Account of plague administration in the Bombay Presidency from September 1896 till May 1897
Year: 1896
Disease focus: Plague
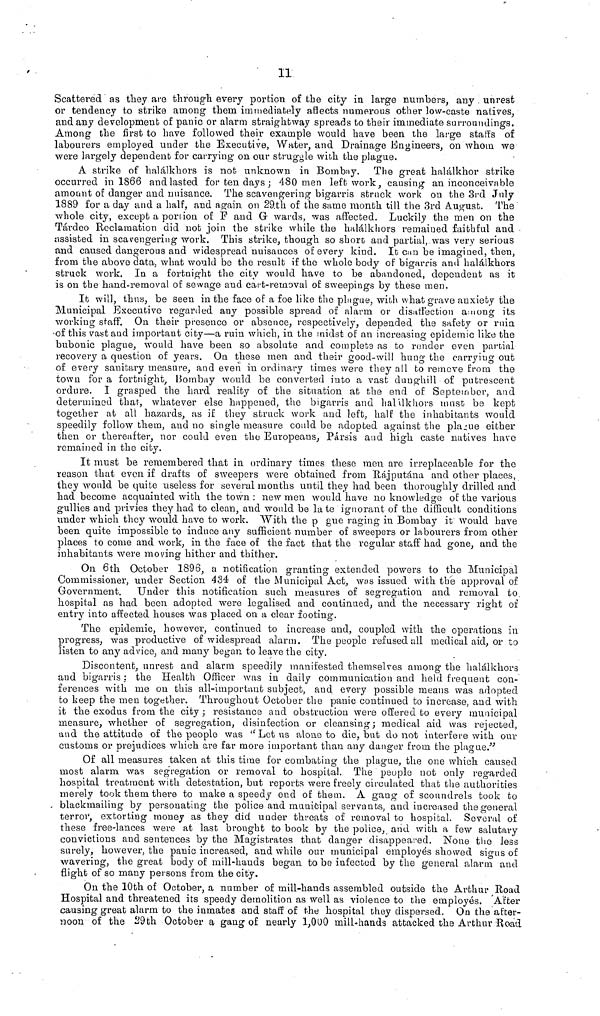
11
Scattered as they are through every portion of the city in large numbers, any unrest
or tendency to strike among them immediately affects numerous other low-caste natives,
and any development of panic or alarm straightway spreads to their immediate Surroundings.
Among the first to have followed their example would have been the large staffs of
labourers employed under the Executive, Water, and Drainage Engineers, on whom we
were largely dependent for carrying on our struggle with the plague.
A strike of halálkhors is not unknown in Bombay. The great halálkhor strike
occurred in 1866 and lasted for ten days ; 480 men left work, causing an inconceivable
amount of danger and nuisance. The scavengering bigarris struck work on the 3rd July
1889 for a day and a half, and again on 29th of the same month till the 3rd August. The
whole city, except a portion of F and G wards, was affected. Luckily the men on the
Tárdeo Reclamation did not join the strike while the halálkhors remained faithful and
assisted in scavengering work. This strike, though so shore and partial, was very serious
and caused dangerous and widespread nuisances of every kind. It can be imagined, then,
from the above data, what would be the result if the whole body of bigarris and halálkhors
struck work. In a fortnight the city would have to be abandoned, dependent as it
is on the hand-removal of sewage and cart-removal of sweepings by these men.
It will, thus, be seen in the face of a foe like the plague, with what grave anxiety the
Municipal Executive regarded any possible spread of alarm or disaffection among its
working staff. On their presence or absence, respectively, depended the safety or ruin
-of this vast and important city—a ruin which, in the midst of an increasing epidemic like the
bubonic plague, would have been so absolute and complete as to render even partial
recovery a question of years. On these men and their good-will hung the carrying out
of every sanitary measure, and even in ordinary times were they all to remove from the
town for a fortnight, Bombay would be converted into a vast dunghill of putrescent
ordure. I grasped the hard reality of the situation at the end of September, and
determined that, whatever else happened, the bigarris and halalkhors must be kept
together at all hazards, as if they struck work and left, half the inhabitants would
speedily follow them, and no single measure could be adopted against the plague either
then or thereafter, nor could even the Europeans, Pársis and high caste natives have
remained in the city.
It must be remembered that in ordinary times these men are irreplaceable for the
reason that even if drafts of sweepers were obtained from 'Ráj putaña and other places,
they would be quite useless for several months until they had been thoroughly drilled and
had become acquainted with the town : new men would have no knowledge of the various
gullies and privies they had to clean, and would be late ignorant of the difficult conditions
under which they would have to work. With the p gue raging in Bombay it would have
been quite impossible to induce any sufficient number of sweepers or labourers from other
places to come and work, in the face of the fact that the regular staff had gone, and the
inhabitants were moving hither and thither.
On 6th October 1896, a notification granting extended powers to the Municipal
Commissioner, under Section 434 of the Municipal Act, was issued with the approval of
Government. Under this notification such measures of segregation and removal to
hospital as had been adopted were legalised and continued, and the necessary right of
entry into affected houses was placed on a clear footing.
The epidemic, however, continued to increase and, coupled with the operations in
progress, was productive of widespread alarm. The people refused all medical aid, or to
listen to any advice, and many began to leave the city.
Discontent, unrest and alarm speedily manifested themselves among the halálkhors
and bigarris : the Health Officer was in daily communication and held frequent con-
ferences with me on this all-important subject, and every possible means was adopted
to keep the men together. Throughout October the panic continued to increase, and with
it the exodus from the city ; resistance and obstruction were offered to every municipal
measure, whether of segregation, disinfection or cleansing; medical aid was rejected,
and the attitude of the people was "Let us alone to die, but do not interfere with our
customs or prejudices which are far more important than any danger from the plague."
Of all measures taken at this time for combating the plague, the one which caused
most alarm was segregation or removal to hospital. The people not only regarded
hospital treatment with detestation, but reports were freely circulated that the authorities
merely took them there to make a speedy end of them. A gang of scoundrels took to
, blackmailing by personating the police and municipal servants, and increased the general
terror, extorting money as they did under threats of removal to hospital. Several of
these free-lances were at last brought to book by the police, and with a few salutary
convictions and sentences by the Magistrates that danger disappeared. None the less
surely, however, the panic increased, and while our municipal employes showed signs of
wavering, the great body of mill-hands began to bo infected by the general alarm and
flight of so many persons from the city.
On the 10th of October, a number of mill-hands assembled outside the Arthur Road
Hospital and threatened its speedy demolition as well as violence to the employés. After
causing great alarm to the inmates and staff of the hospital they dispersed. On the after-
noon of the 29th October a gang of nearly 1,000 mill-hands attacked the Arthur Road